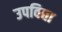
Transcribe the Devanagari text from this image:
उपविद्या